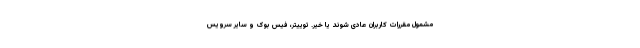
مشمول مقررات کاربران عادی شوند یا خیر. توییتر، فیس بوک و سایر سرویس